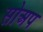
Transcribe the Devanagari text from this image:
सोअप